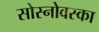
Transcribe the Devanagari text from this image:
सोस्नोवस्का